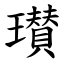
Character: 瓉